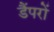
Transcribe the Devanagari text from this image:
डैंपरों